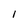
Character: l